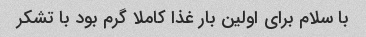
با سلام برای اولین بار غذا کاملا گرم بود با تشکر